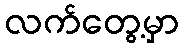
လက်တွေ့မှာ